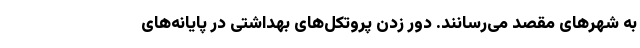
به شهرهای مقصد می‌رسانند. دور زدن پروتکل‌های بهداشتی در پایانه‌های